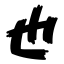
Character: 也